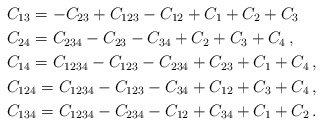
\begin{align*}&C_{13}=-C_{23}+C_{123}-C_{12}+C_1+C_2+C_3\\&C_{24} = C_{234} - C_{23} - C_{34} + C_2 + C_3 + C_4\,,\\&C_{14} = C_{1234} - C_{123} - C_{234} + C_{23} + C_1 + C_4\,,\\&C_{124} =C_{1234} - C_{123} - C_{34} + C_{12} + C_{3} + C_{4}\,,\\&C_{134} = C_{1234} - C_{234} - C_{12} + C_{34} + C_1 + C_2\,.\end{align*}